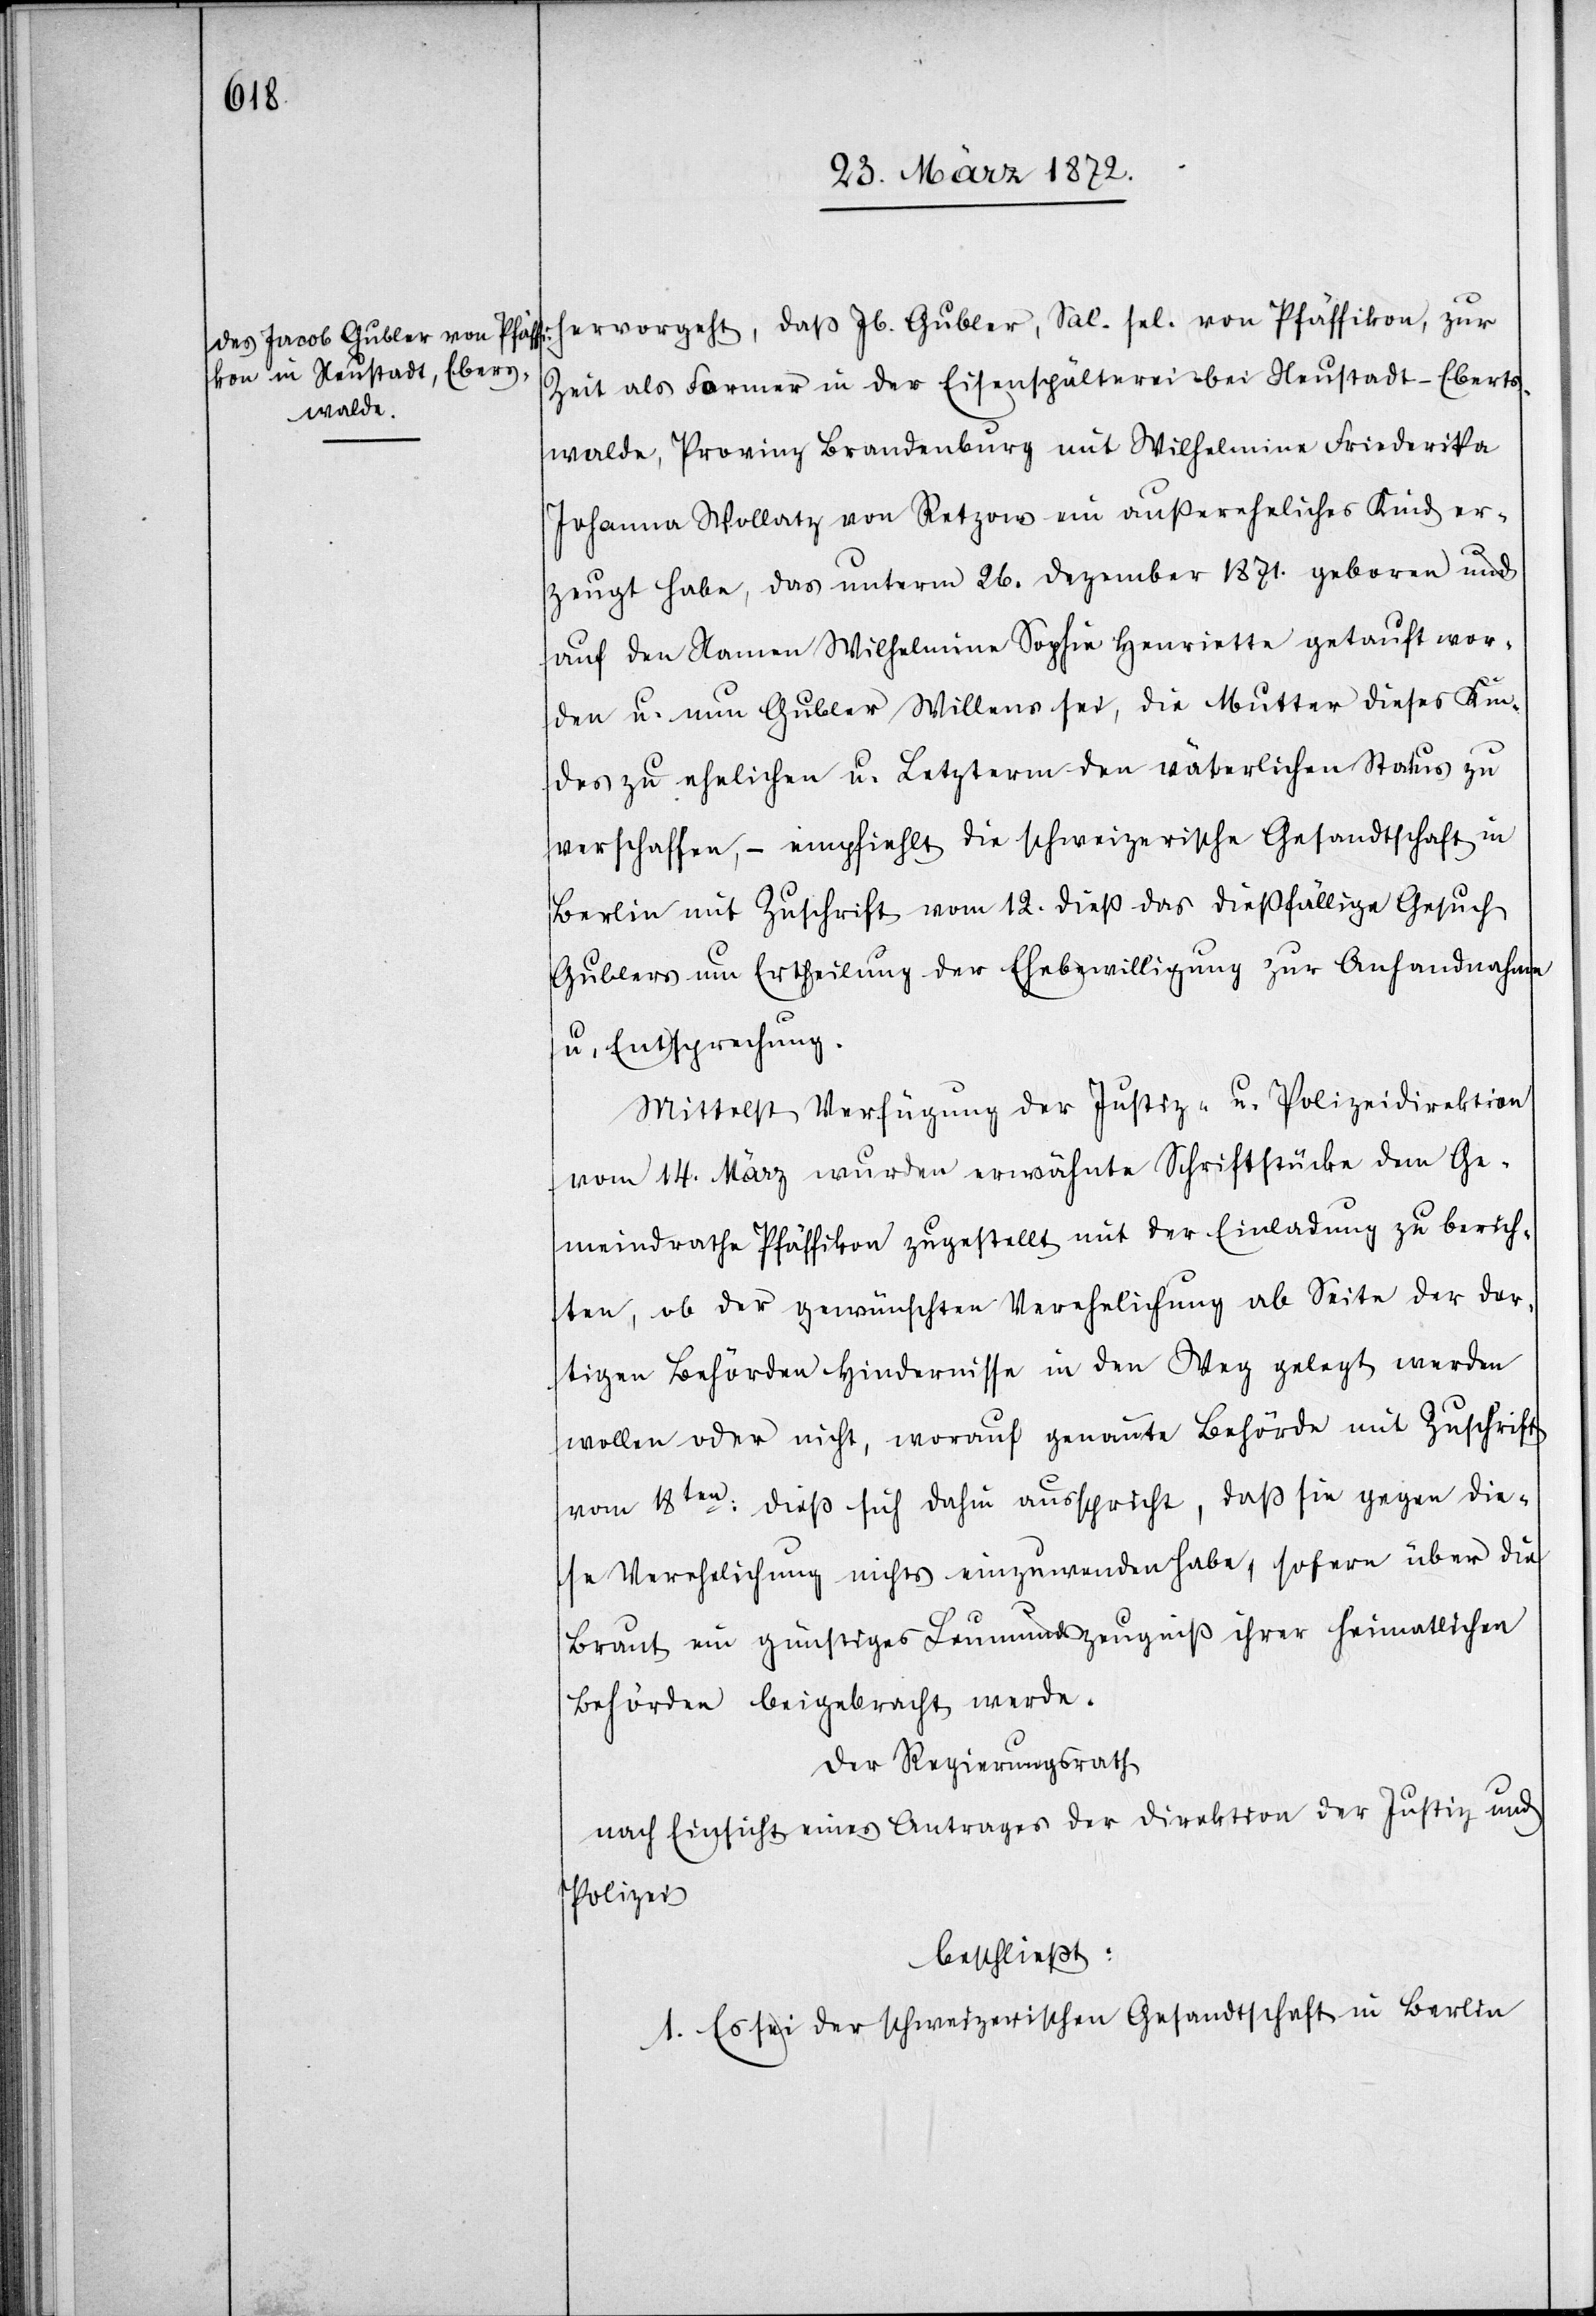
Sal.
Zeit als Former in der Eisenspälterei bei Neustadt-Eberts¬
walde, Provinz Brandenburg mit Wilhelmina Friederika
Johanna Wollatz von Retzow ein außereheliches Kind er¬
zeugt habe, das unterm 26. Dezember 1871. geboren und
auf den Namen Wilhelmina Sophie Henrietta getauft wor¬
den u. nun Gubler Willens sei, die Mutter dieses Kin¬
des zu ehelichen u. Letzterm den väterlichen Status zu
verschaffen, – empfiehlt die schweizerische Gesandtschaft in
Berlin mit Zuschrift vom 12. dieß das dießfällige Gesuch
Gublers um Ertheilung der Ehebewilligung zur Anhandnahme
u. Entsprechung.
Mittelst Verfügung der Justiz- u. Polizeidirektion
vom 14. März wurden erwähnte Schriftstücke dem Ge¬
meindrathe Pfäffikon zugestellt mit der Einladung zu berich¬
ten, ob der gewünschten Verehelichung ab Seite der dor¬
tigen Behörden Hindernisse in den Weg gelegt werden
wollen oder nicht, worauf genannte Behörde mit Zuschrift
vom 18ten: dieß sich dahin ausspricht, daß sie gegen die¬
se Verehelichung nichts einzuwenden habe, sofern über die
Braut ein günstiges Leumundszeugniß ihrer heimatlichen
Behörden beigebracht werde.
Der Regierungsrath
nach Einsicht eines Antrages der Direktion der Justiz- und
Polizei
beschließt:
1. Es sei der schweizerischen Gesandtschaft in Berlin